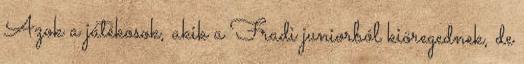
Azok a játékosok, akik a Fradi juniorból kiöregednek, de